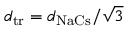
d _ { \mathrm { t r } } = d _ { \mathrm { N a C s } } / \sqrt { 3 }